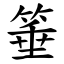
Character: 箠